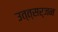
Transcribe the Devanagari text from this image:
उत्त्सर्जन